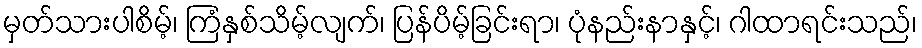
မှတ်သားပါစိမ့်၊ ကြံနှစ်သိမ့်လျက်၊ ပြန်ပိမ့်ခြင်းရာ၊ ပုံနည်းနာနှင့်၊ ဂါထာရင်းသည်၊